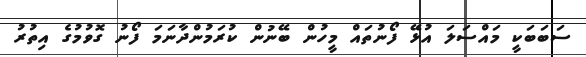
ސަބަބަކީ މައްސަލަ އުޅޭ ފޯނުތައް މީހުން ބޭނުން ކުރަމުންދާނަމަ ފޯނު ގޮވުމުގެ އިތުރު